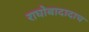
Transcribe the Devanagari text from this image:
राघोबादादाच